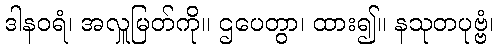
ဒါနဝရံ၊ အလှူမြတ်ကို။ ဌပေတွာ၊ ထား၍။ နသုတပုဗ္ဗံ၊